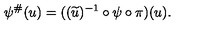
\psi ^ { \# } ( u ) = ( ( \widetilde { u } ) ^ { - 1 } \circ \psi \circ \pi ) ( u ) .